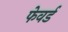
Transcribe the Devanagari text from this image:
फेवर्ड